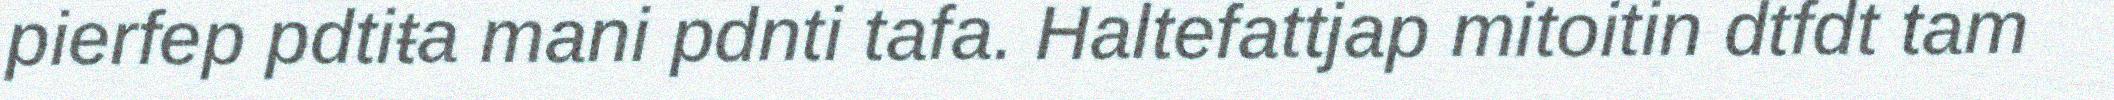
pierfep pdtiŧa mani pdnti tafa. Haltefattjap mitoitin dtfdt tam